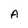
Character: A